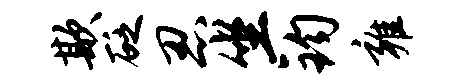
欺砭忍坐钧雍